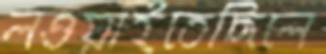
লওয়াইতেছিলে